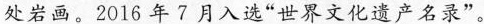
处岩画。2016年7月入选”世界文化遗产名录”。